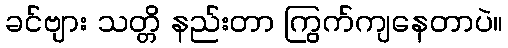
ခင်ဗျား သတ္တိ နည်းတာ ကြွက်ကျနေတာပဲ။